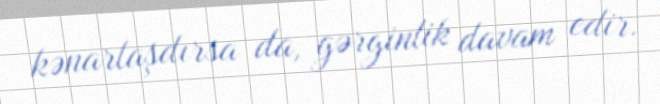
kənarlaşdırsa da, gərginlik davam edir.